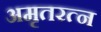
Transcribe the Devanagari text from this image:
अमृतरत्न